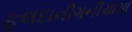
ફૂલદાનીગનીચાચા